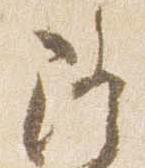
隆